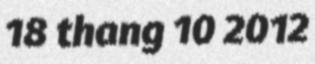
18 thang 10 2012